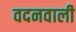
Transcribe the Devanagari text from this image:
वदनवाली